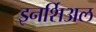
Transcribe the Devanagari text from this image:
इनर्शिअल